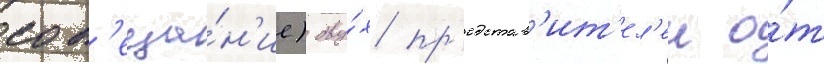
сов'еща́н'ие) дву́х пр'едстав'ит'ел'еи о́т